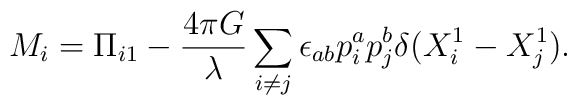
M_i =\Pi_{i1}-\frac{4\pi G}{\lambda}\sum_{i\ne j}\epsilon_{ab}p^a_i p^b_j\delta(X^1_i-X^1_j).